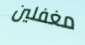
مغفلين